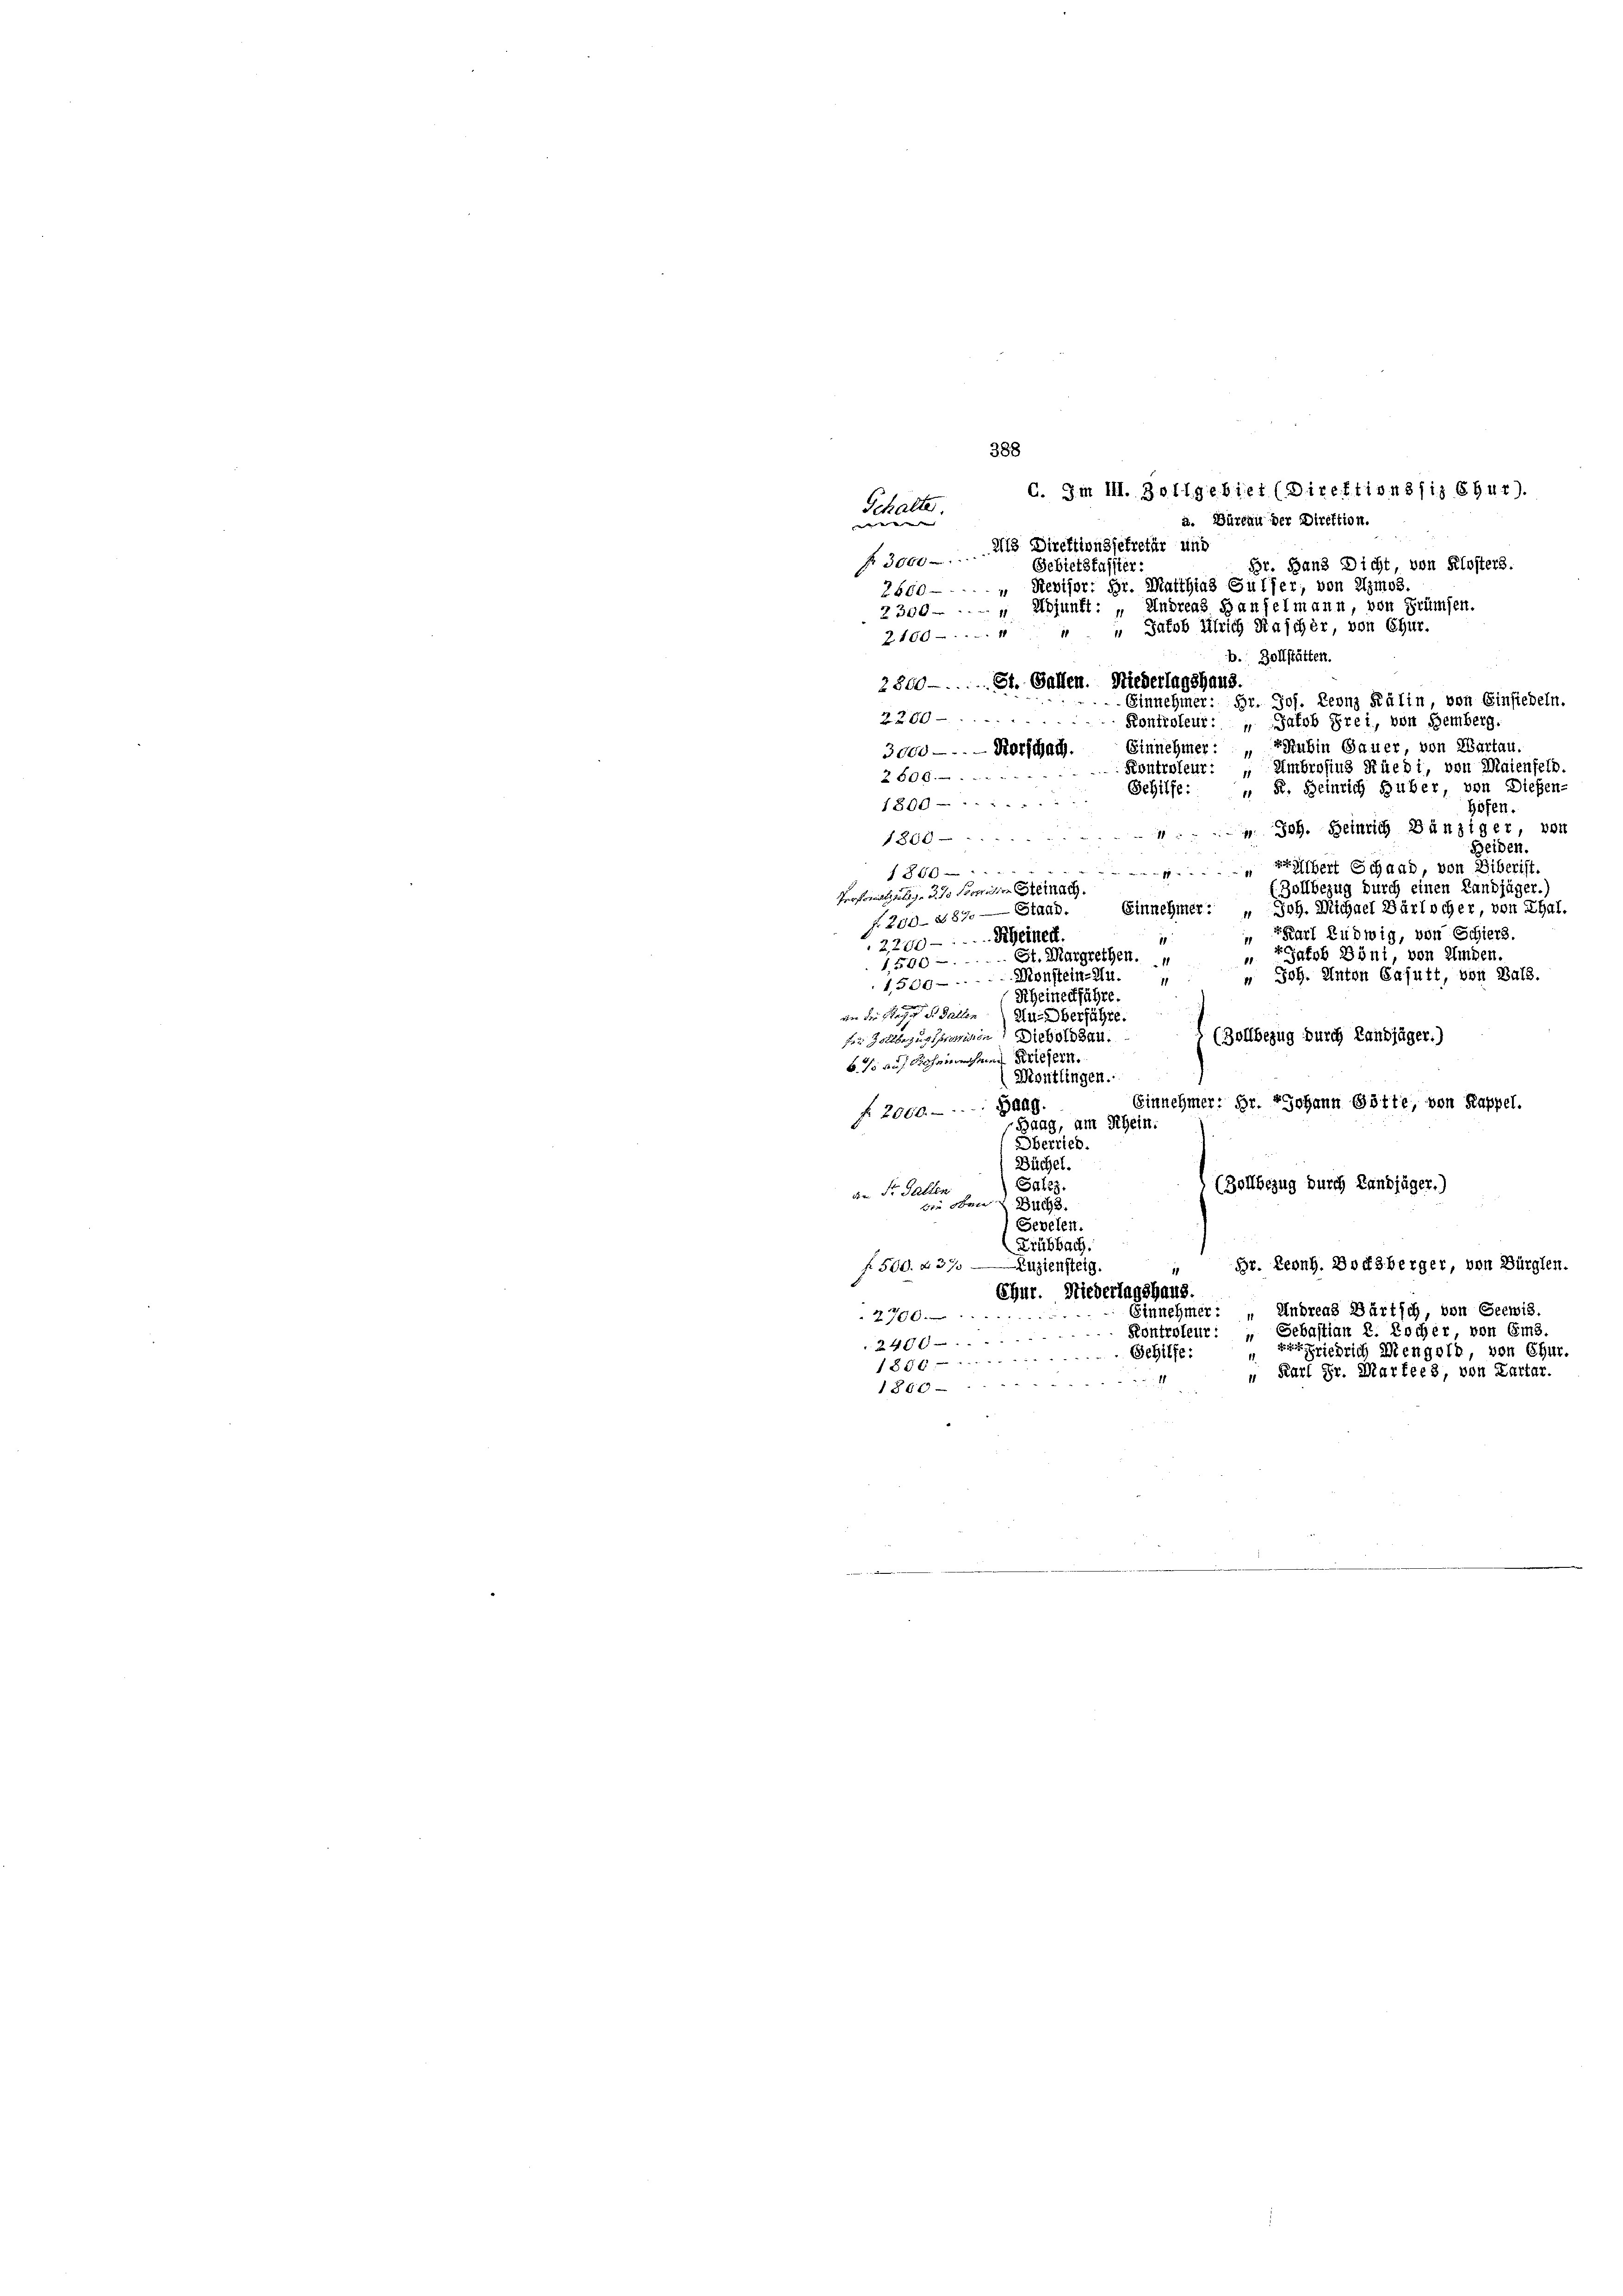
388
C. Im III. Zollgebiet (Direktionssiz Chur).
Schalter
a. Büreau der Direktion.
 |
Als Direktionssekretär und
f 3000 x
Br. Band Dicht, von Klosters.
Gebietskassier
Revisor; Hr. Matthias Gulfer, von Imos
2660
2300 - . - " Adjunft: „Undreas Hauselmann, von Frümsen.
2100-. " " " Jakob Ulrich Rascher, von Chur.
b. Zollstätten.
2800- St. Gallen. Niederlagshaus.
Einnehmer: Hr. Jos. Leonz Kälin, von Einsiedeln.
2200 - Kontroleut: „Jakob Frei, von Hemberg.
Einnehmer: Prubin Sauer, von Wartau.
3000 - - - Horschach
Kontroleur: „Umbrosius Rüedi, von Maienfeld.
2606.
" F. Heinrich Huber, von Diesen-
Gehilfe:
1800
höfen.
 Joh. Heinrich Bänziger, von
1800
Beiden.
1. Bishert Schaad, von Biberist.
1860     "
(Zollbezug durch einen Landjäger.)
Professolutig. So konnten Steina
Einnehmer:
 Joh. Michael Bärlicher, von Thal.
J. 200. 287. — Stand.
 Karl Ludwig, von Schiers.
11
2200. Rheiner.
Gafob Böni, von Amden.
1,500 - . St. Margrethen.
" Joh. Anton Egjutt, von Bals.
1,500. - Monstein-Hu.
Scheinechführe
an der Regen d. Gallen zu Oberführe.
(Zollbezug durch Landjäger.)
fer Zollbezug präsidion Siebolden.
b. so auf Rohannehmen Michern.
Montlingen.
Einnehmer: Hr. Johann Götte, von Kappel.
f. 2000.- 848.
Baag, am Rhein.
Oberried.
Büchel.
(Zollbezug durch Landjäger.)
Sales.
den St. Gallen
die oben Sach
Sevelen.
Frübbach.
Br. Leong. Dochberger, von Bürglen.
f. 500. d. 317 — Zuziensteig.
Ehur. Niederlagshaus.
Einnehmer: „Andreas Bürtsch, von Seewis.
27000
Kontroleur: „Gebastian E. Rocher, von Ems.
2400
riedrich Mengelb, von Chur.
Gehilfe:
1856
" Karl Fr. Marfee 3, von Kartar.
1860